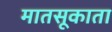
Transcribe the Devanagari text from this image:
मातसूकाता